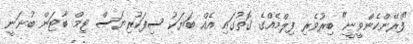
"ފްރޭންކެންވީނީ" ބިރުވެރި ފިލްމެއްގެ ގޮތުގައި އެއް ބަޔަކު ސިފަކުރިޔަސް ޓިމް ބާޓަން ބުނަނީ